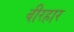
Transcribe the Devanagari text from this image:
वीरहार